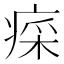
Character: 𤷕